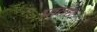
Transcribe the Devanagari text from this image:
प्रातछ